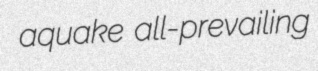
aquake all-prevailing